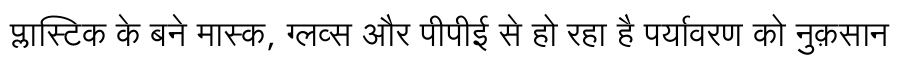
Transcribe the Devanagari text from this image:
प्लास्टिक के बने मास्क, ग्लव्स और पीपीई से हो रहा है पर्यावरण को नुक़सान